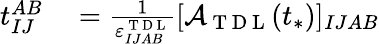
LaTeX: \begin{array}{rl}{t_{IJ}^{AB}}&{{}=\frac{1}{\varepsilon_{IJAB}^{\mathrm{~T~D~L~}}}[\mathcal{A}_{\mathrm{~T~D~L~}}(t_{*})]_{IJAB}}\end{array}